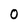
Character: O